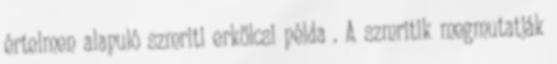
értelmen alapuló szmriti erkölcsi példa . A szmritik megmutatják